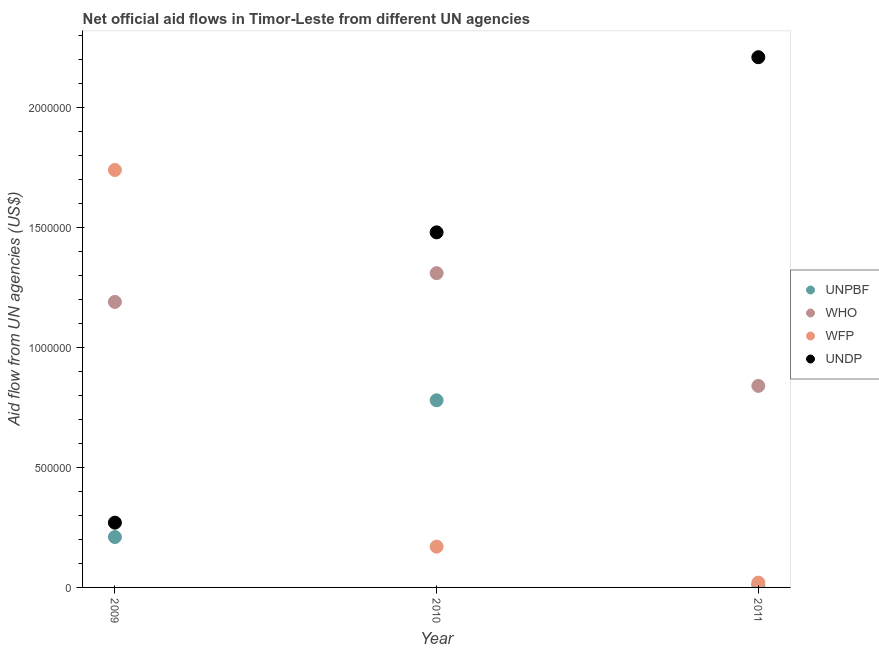
| Year | UNPBF | WHO | WFP | UNDP |
 | --- | --- | --- | --- | --- |
 | 2009 | 2.1e+05 | 1.19e+06 | 1.74e+06 | 2.7e+05 |
 | 2010 | 7.8e+05 | 1.31e+06 | 1.7e+05 | 1.48e+06 |
 | 2011 | 1e+04 | 8.4e+05 | 2e+04 | 2.21e+06 |